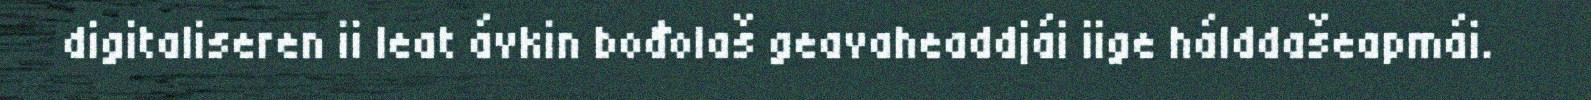
digitaliseren ii leat ávkin bođolaš geavaheaddjái iige hálddašeapmái.